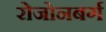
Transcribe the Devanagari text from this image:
रोजोनबर्ग